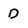
Character: D